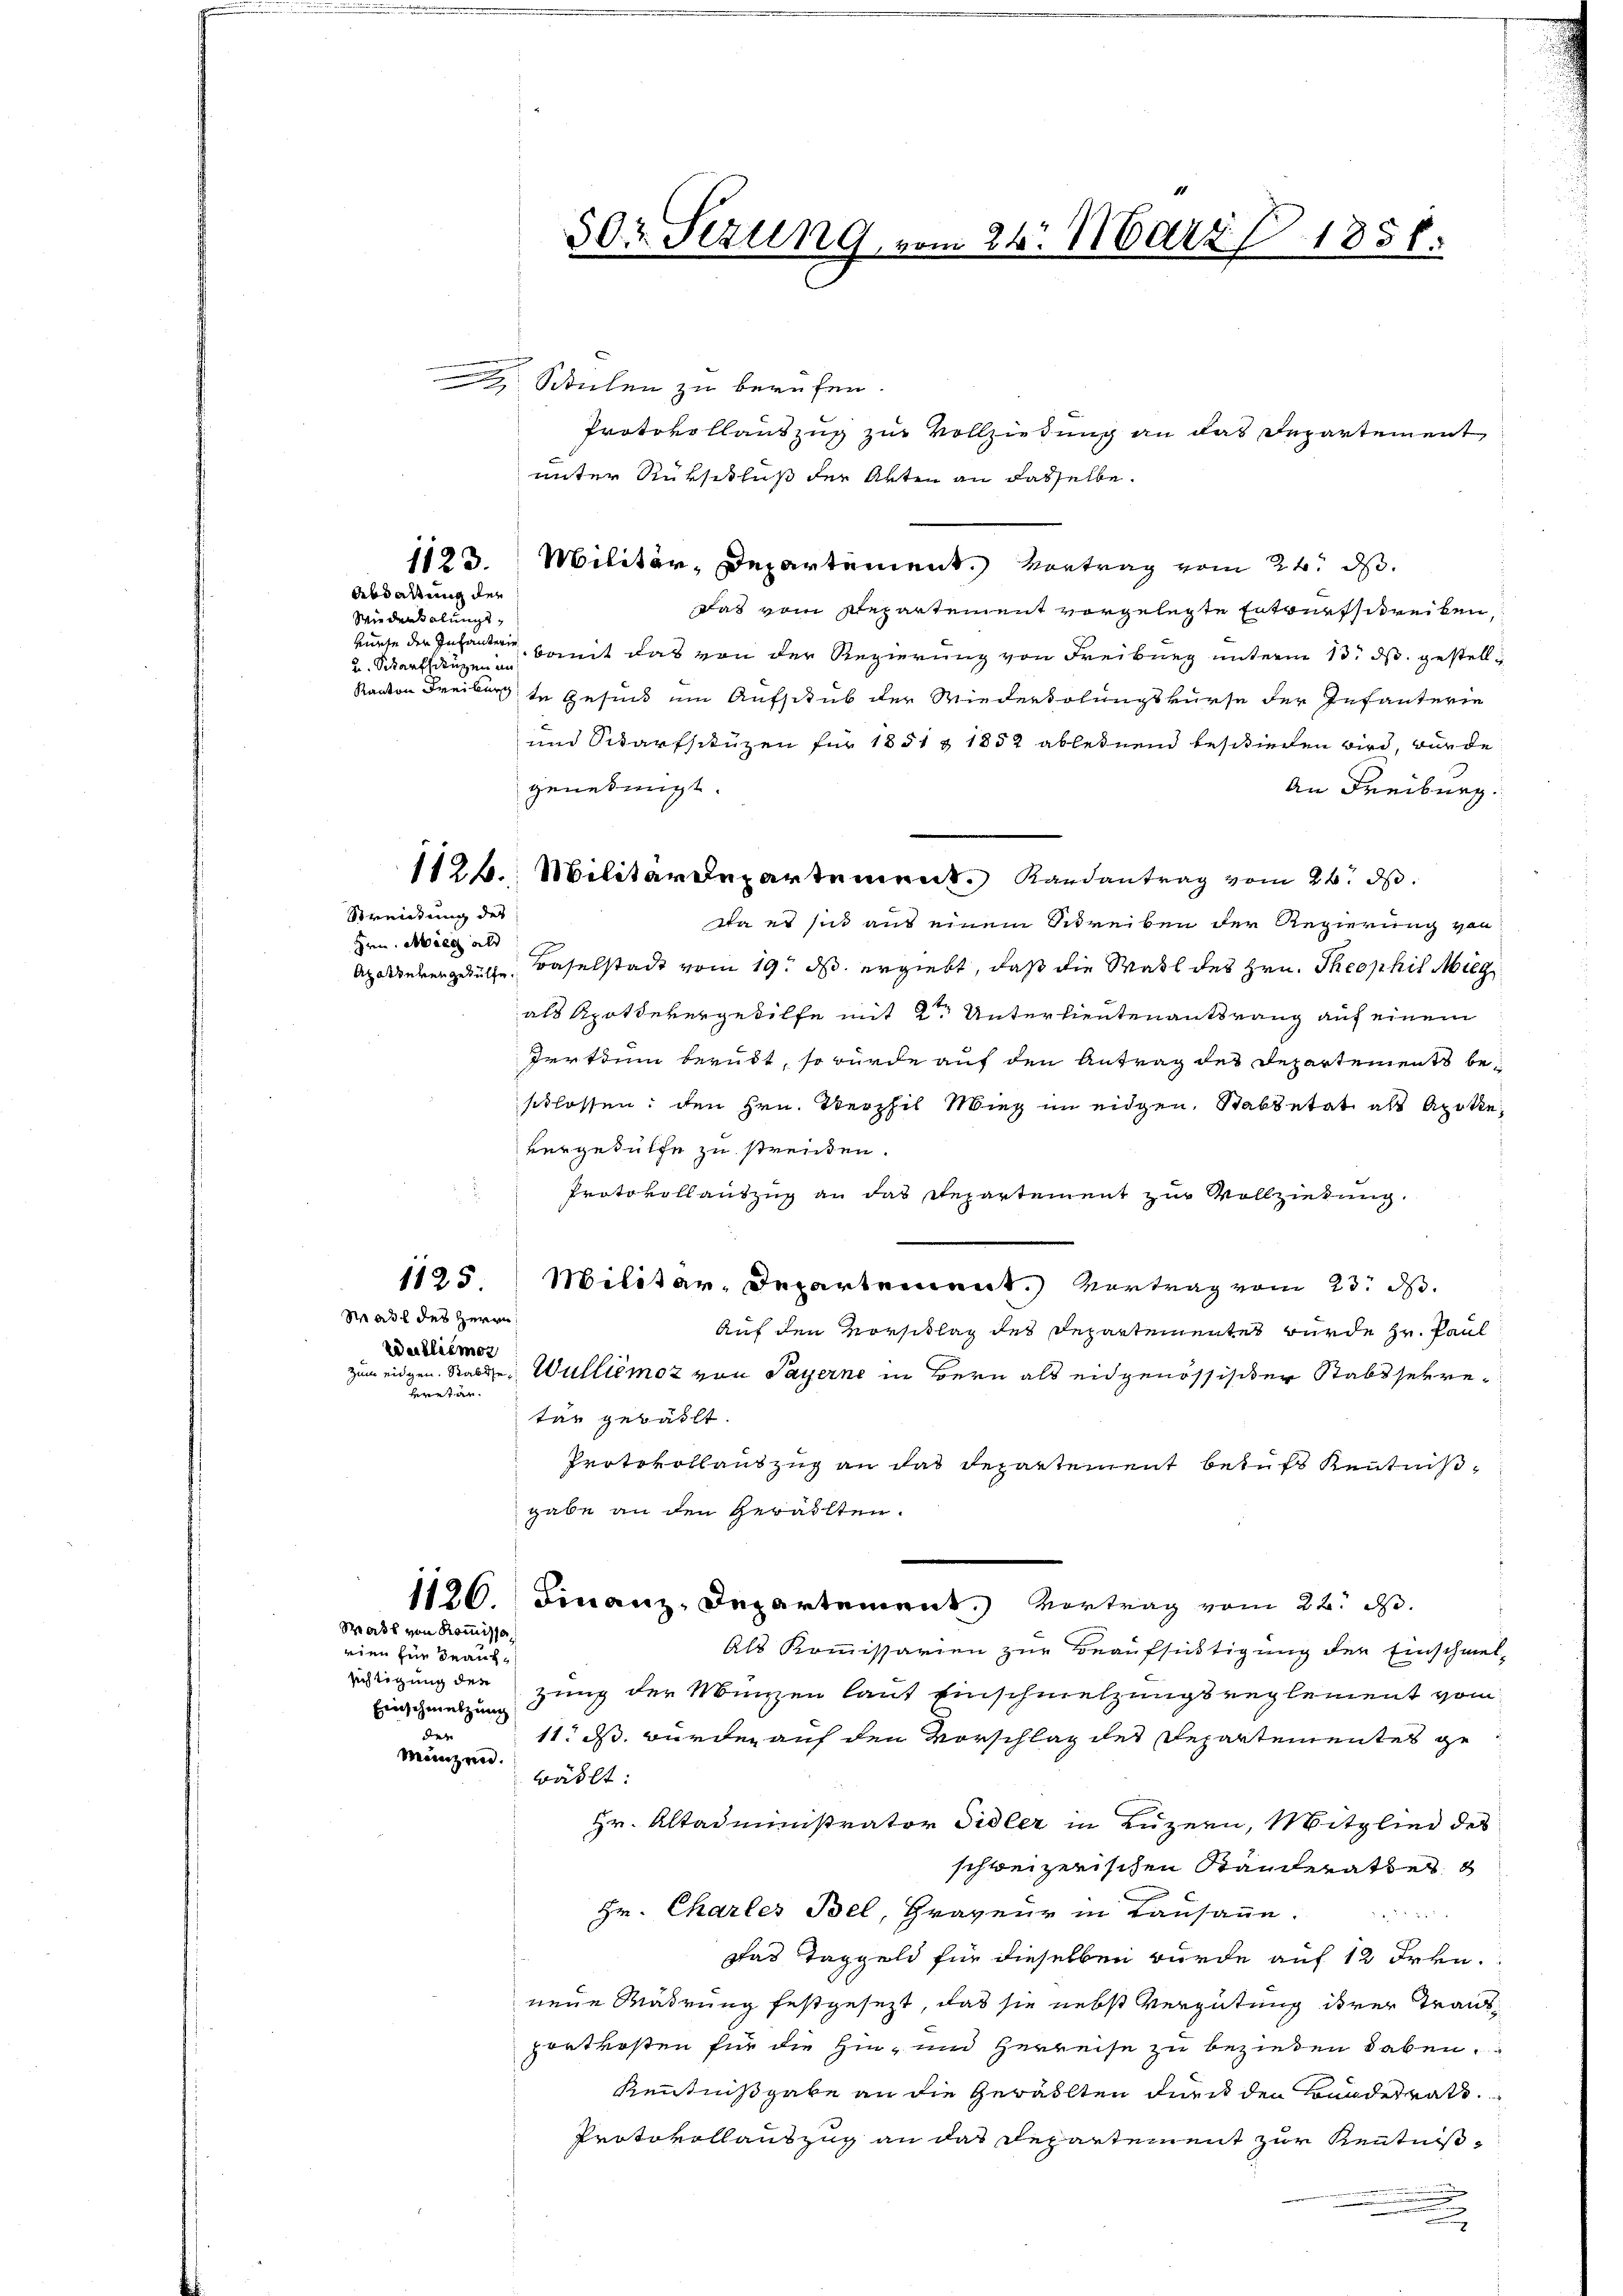
Abdaltung der
Wiedenholungs¬
u Scharfsangen an

Waadt des Herrn
Walliémor
eritier

Streitung des
Hrn. Miec ald

Mass von Kommisso
rien für Beauf¬
Einschmelzung
des

50: Sezung vom 26. März 1858.

Stulen zu berufen.
Protokollauszug zur Vollziehung an das Departement
unter Rükschluß der Akten an dasselbe.
1123. Militär-Departement. Vortrag vom 24. ds.
das vom Repartement vorgelegte Entwurfschreiben,
kurse der Infanten, womit das von der Regierung von Freiburg unterm 13. ds. gestell¬
Ranton Freiburg in Gesind um Aufschub der Wiederholungskurse der Infanterie
und Scharfschützen für 1851 § 1852 ablednend beschieden wird, würde
genehmigt.
An Freiburg.
1126. Militärdepartement. Randantrag vom 26. ds.
da es sich aus einem Schreiben der Regierung von
Ahalderengesuche Baselstadt vom 19. ds ergiebt, daß die Wahl des Hrn. Theophil Miegals Apotevergehilfe mit 2ten Unterlieutenantsrang auf einem
Iertium beruht, so würde auf den Antrag der Departements beschlossen: den Hrn. Terphil Wieg im eidgen. Stabbetät als Apothevergehülfe zu streiden.
Protokollauszug an das Repartement zur Vollziehung
1125. Militar-Departement. Vertrag vom 23. d.
Auf den Vorschlag des Departementes wurde Hr. Paul
zum eidgen. Statte, Wullienoz von Payerne in Bern als eidgenössischer Stabssekretär gewählt.
Protokollauszug an das Departement behufs Kenntnißgabe an den Gewalten.
1126. Finanz-Departement. Vortrag vom 22. d.
Als Kommissarien zur Beaufsichtigung der Einschmel-
jächtigung der zung der Manzen laut Einschmelzungsreglement vom
11. ds. wurden auf den Vorschlag des Departementes ge
Münzend.
wählt:
Hr. Altadministrator Sidler in Luzern, Mitglied des
schweizerischen Standerathes
Hr. Chartes Bel, Graveur in Lausanne.
 2 x 2 x
das Taggeld für dieselben würde auf 12 Frkn.
neue Mädrung festgesezt, das sie nebst Vergütung ihrer Transportkosten für die Hin- und Herreise zu beziehen haben.
Kenntnißgabe an die Gewählten durch den Bundesrath
Protokollauszug an das Departement zur Kenntniß